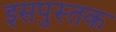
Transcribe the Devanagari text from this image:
इसपुस्तक